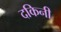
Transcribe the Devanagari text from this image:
दकिनी